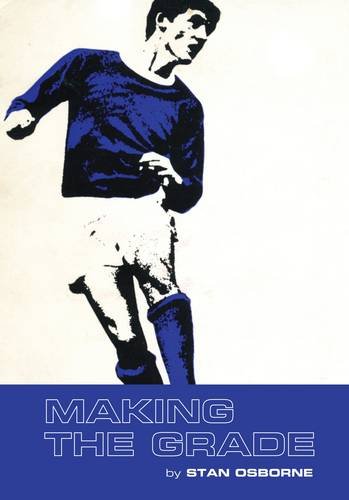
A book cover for Making the Grade; Stan Osborne; Teen & Young Adult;